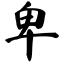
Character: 卑